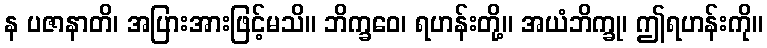
န ပဇာနာတိ၊ အပြားအားဖြင့်မသိ။ ဘိက္ခဝေ၊ ရဟန်းတို့။ အယံဘိက္ခု၊ ဤရဟန်းကို။